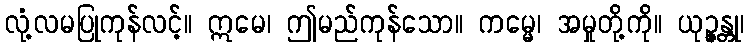
လုံ့လမပြုကုန်လင့်။ ဣမေ၊ ဤမည်ကုန်သော။ ကမ္မေ၊ အမှုတို့ကို။ ယုဉ္ဇန္တု၊